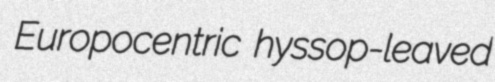
Europocentric hyssop-leaved